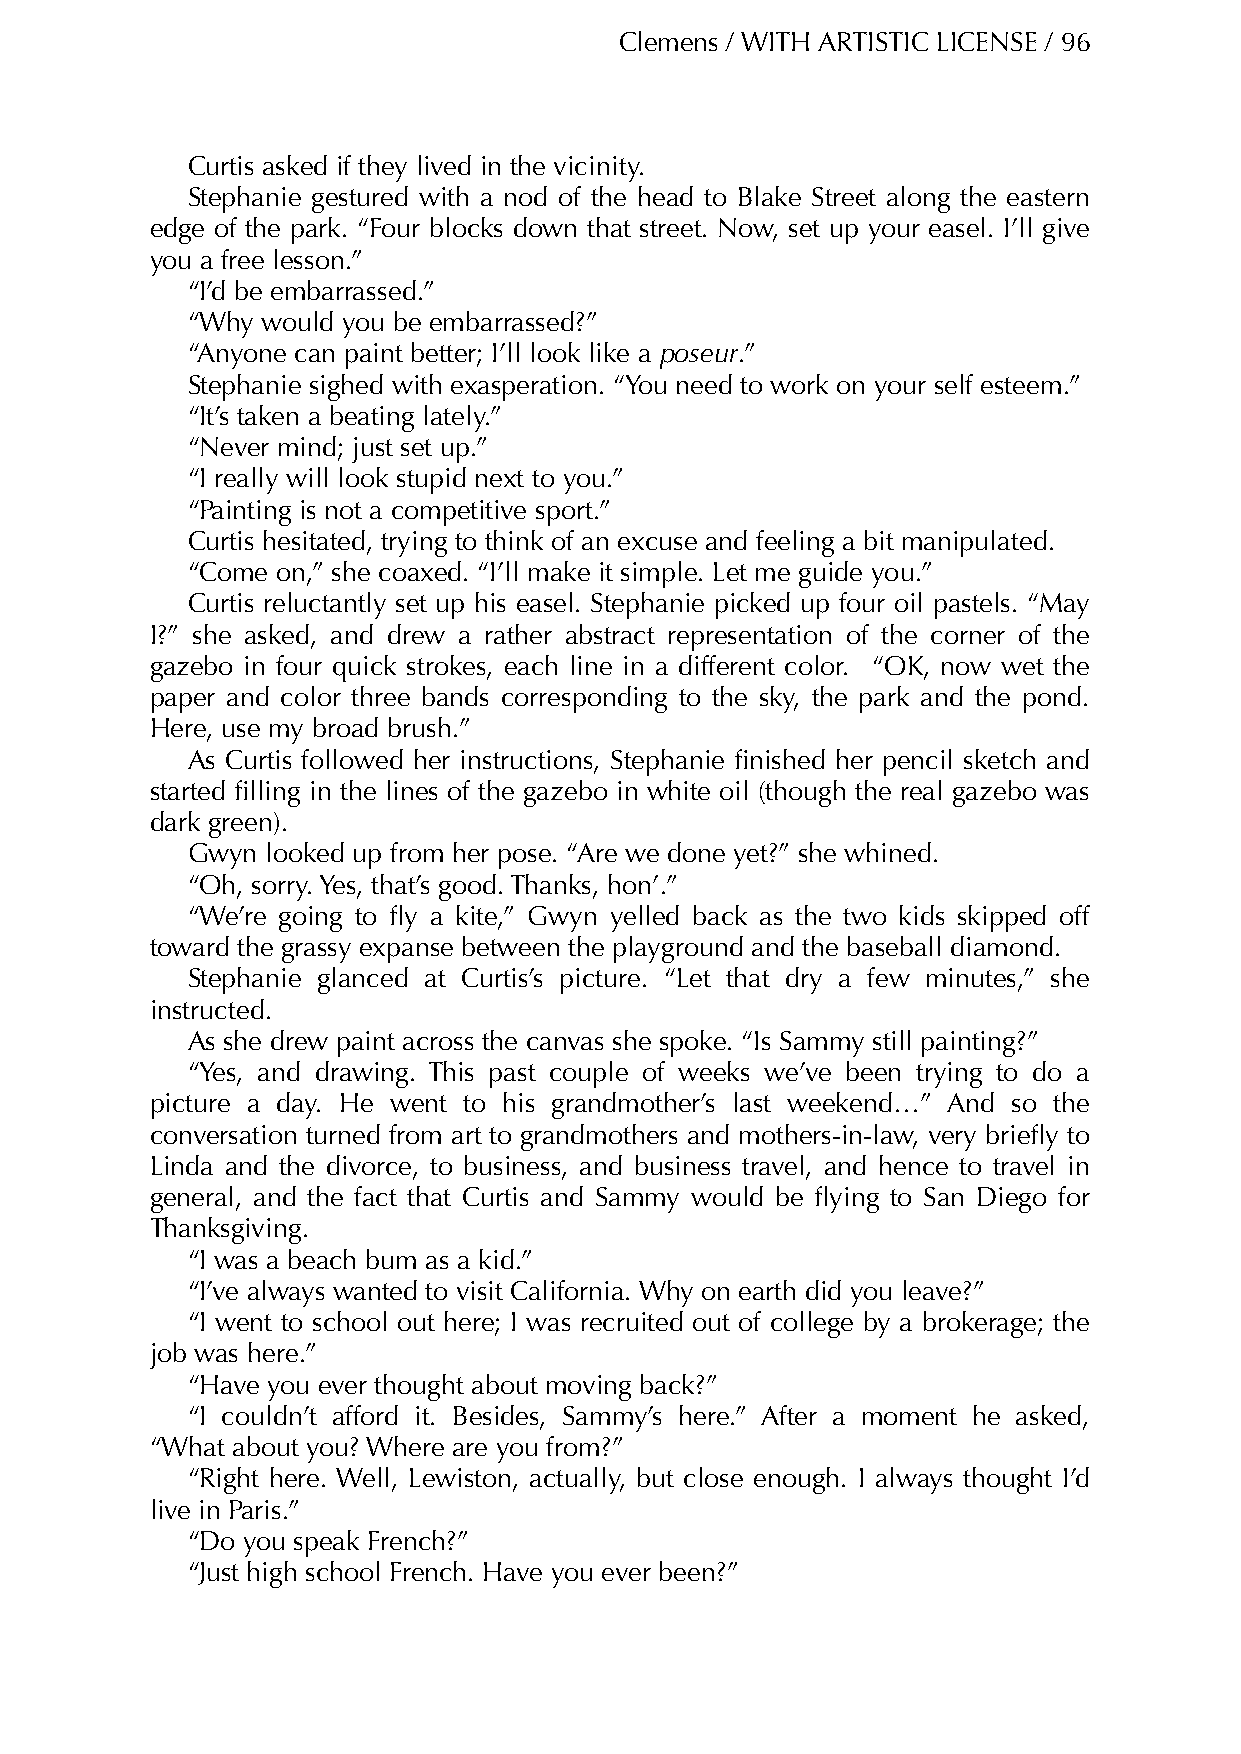
Clemens / WITH ARTISTIC LICENSE / 96
 Curtis asked if they lived in the vicinity.
 Stephanie gestured with a nod of the head to Blake Street along the eastern
 edge of the park. “Four blocks down that street. Now, set up your easel. I’ll give
 you a free lesson.”
 “I’d be embarrassed.”
 “Why would you be embarrassed?”
 “Anyone can paint better; I’ll look like a poseur.”
 Stephanie sighed with exasperation. “You need to work on your self esteem.”
 “It’s taken a beating lately.”
 “Never mind; just set up.”
 “I really will look stupid next to you.”
 “Painting is not a competitive sport.”
 Curtis hesitated, trying to think of an excuse and feeling a bit manipulated.
 “Come on,” she coaxed. “I’ll make it simple. Let me guide you.”
 Curtis reluctantly set up his easel. Stephanie picked up four oil pastels. “May
 I?” she asked, and drew a rather abstract representation of the corner of the
 gazebo in four quick strokes, each line in a different color. “OK, now wet the
 paper and color three bands corresponding to the sky, the park and the pond.
 Here, use my broad brush.”
 As Curtis followed her instructions, Stephanie finished her pencil sketch and
 started filling in the lines of the gazebo in white oil (though the real gazebo was
 dark green).
 Gwyn  looked up from her pose. “Are we done yet?” she whined.
 “Oh, sorry. Yes, that’s good. Thanks, hon’.”
 “We’re going to fly a kite,” Gwyn yelled back as the two kids skipped off
 toward the grassy expanse between the playground and the baseball diamond.
 Stephanie glanced at Curtis’s picture. “Let that dry a few minutes,” she
 instructed.
 As she drew paint across the canvas she spoke. “Is Sammy still painting?”
 “Yes, and drawing. This past couple of weeks we’ve been trying to do a
 picture a day. He went to his grandmother’s last weekend…” And so the
 conversation turned from art to grandmothers and mothers-in-law, very briefly to
 Linda and the divorce, to business, and business travel, and hence to travel in
 general, and the fact that Curtis and Sammy would be flying to San Diego for
 Thanksgiving.
 “I was a beach bum as a kid.”
 “I’ve always wanted to visit California. Why on earth did you leave?”
 “I went to school out here; I was recruited out of college by a brokerage; the
 job was here.”
 “Have you ever thought about moving back?”
 “I couldn’t afford it. Besides, Sammy’s here.” After a moment he asked,
 “What about you? Where are you from?”
 “Right here. Well, Lewiston, actually, but close enough. I always thought I’d
 live in Paris.”
 “Do you speak French?”
 “Just high school French. Have you ever been?”